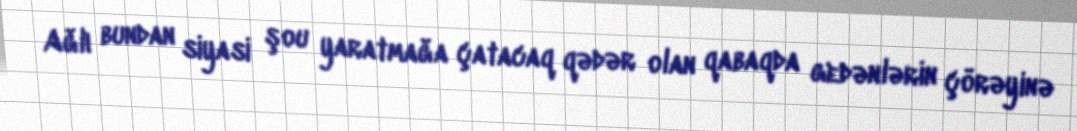
Ağlı bundan siyasi şou yaratmağa çatacaq qədər olan qabaqda gedənlərin çörəyinə